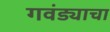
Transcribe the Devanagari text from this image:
गवंड्याचा